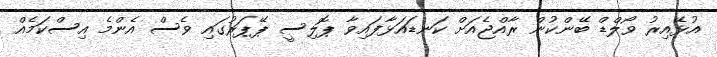
އުޅޭއިރު ވޯލްޑް ބޭންކުން ރާއްޖެއަށް ކަނޑައަޅާފައިވާ ޕޮލިސީ ޕޭޕަރުގައި ވެސް އެންމެ އިސްކަމެއް